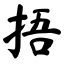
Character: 捂